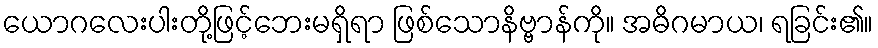
ယောဂလေးပါးတို့ဖြင့်ဘေးမရှိရာ ဖြစ်သောနိဗ္ဗာန်ကို။ အဓိဂမာယ၊ ရခြင်း၏။